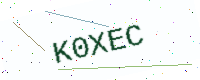
Text: K0XEC